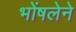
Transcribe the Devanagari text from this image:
भोंषलेने